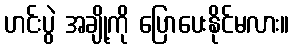
ဟင်းပွဲ အချို့ကို ပြောပေးနိုင်မလား။